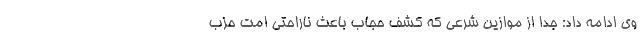
وی ادامه داد: جدا از موازین شرعی که کشف حجاب باعث ناراحتی امت حزب